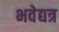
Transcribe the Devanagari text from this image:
भवेद्यत्र